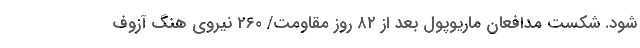
شود. شکست مدافعان ماریوپول بعد از ۸۲ روز مقاومت/ 260 نیروی هنگ آزوف